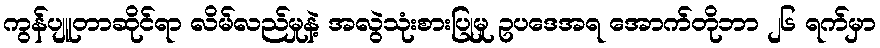
ကွန်ပျူတာဆိုင်ရာ လိမ်လည်မှုနဲ့ အလွဲသုံးစားပြုမှု ဥပဒေအရ အောက်တိုဘာ ၂၆ ရက်မှာ